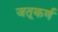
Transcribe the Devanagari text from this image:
जतूकर्ण